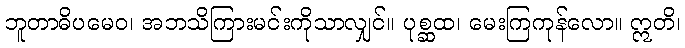
ဘူတာဓိပမေဝ၊ အဘသိကြားမင်းကိုသာလျှင်။ ပုစ္ဆထ၊ မေးကြကုန်လော။ ဣတိ၊